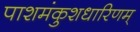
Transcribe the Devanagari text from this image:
पाशमंकुशधारिणम्